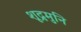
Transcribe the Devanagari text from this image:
शूद्रमुनि